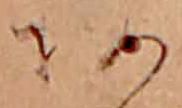
あ